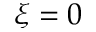
\xi = 0